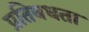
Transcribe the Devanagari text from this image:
प्रतिबधता